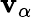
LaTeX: \mathbf{v}_{\alpha}